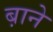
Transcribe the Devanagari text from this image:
ब़ाने